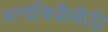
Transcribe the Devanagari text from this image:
अत्यंविधीसीठी